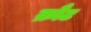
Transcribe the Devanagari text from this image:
क्रौट